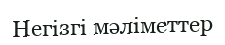
Негізгі мәліметтер